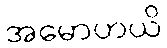
အမောဟယိ